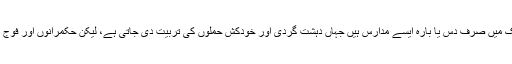
انھوں نے دہشت گردی کے مسئلے کے بارے میں کہا کہ ملک میں صرف دس یا بارہ ایسے مدارس ہیں جہاں دہشت گردی اور خودکش حملوں کی تربیت دی جاتی ہے، لیکن حکمرانوں اور فوج نے ان کے خلاف کوئی کارروائی کرنے کی کوشش نہیں کی۔